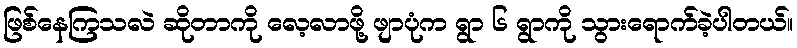
ဖြစ်နေကြသလဲ ဆိုတာကို လေ့လာဖို့ ဖျာပုံက ရွာ ၆ ရွာကို သွားရောက်ခဲ့ပါတယ်။